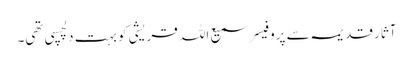
آثار قدیمہ سے پروفیسر سمیع اللہ قریشی کو بہت دلچسپی تھی۔